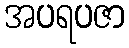
အပရပဇာ